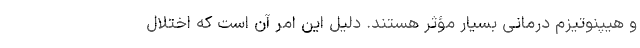
و هیپنوتیزم درمانی بسیار مؤثر هستند. دلیل این امر آن است که اختلال